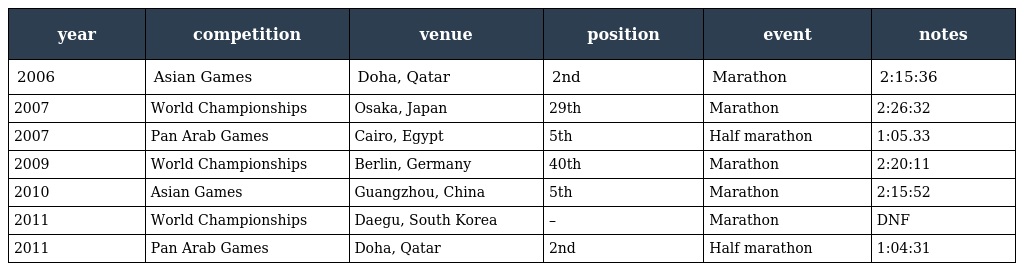
| year | competition | venue | position | event | notes |
 | --- | --- | --- | --- | --- | --- |
 | 2006 | Asian Games | Doha, Qatar | 2nd | Marathon | 2:15:36 |
 | 2007 | World Championships | Osaka, Japan | 29th | Marathon | 2:26:32 |
 | 2007 | Pan Arab Games | Cairo, Egypt | 5th | Half marathon | 1:05.33 |
 | 2009 | World Championships | Berlin, Germany | 40th | Marathon | 2:20:11 |
 | 2010 | Asian Games | Guangzhou, China | 5th | Marathon | 2:15:52 |
 | 2011 | World Championships | Daegu, South Korea | – | Marathon | DNF |
 | 2011 | Pan Arab Games | Doha, Qatar | 2nd | Half marathon | 1:04:31 |